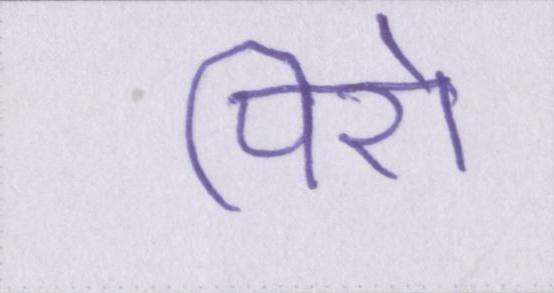
पिरो